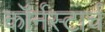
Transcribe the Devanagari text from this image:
कॉर्नस्टार्च